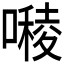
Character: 𭋓